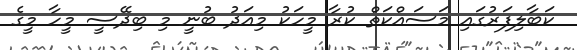
ކަބާލިފަރުގައި މަސައްކަތް ކުރާ މީހަކު މިއަދު ބުނީ މި ބިދޭސީ މީހާ މީގެ